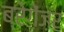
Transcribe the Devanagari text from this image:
ब्रेगेंज़र